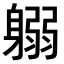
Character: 𨉱